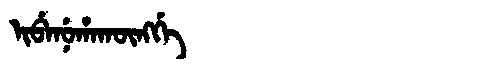
Manchu: ᡳᠪᡝᠨᡠᡥᠠᡴᡡᠩᡤᡝ
Romanization: IBENUHAKŪNGGE